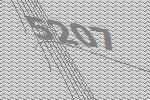
5207